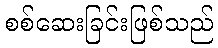
စစ်ဆေးခြင်းဖြစ်သည်